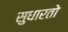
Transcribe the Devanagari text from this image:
सुधारतो